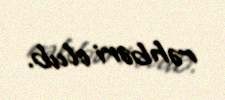
rəhbəri olub.